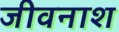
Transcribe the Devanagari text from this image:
जीवनाश